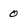
Character: 0